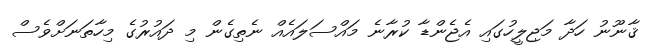
ޤާނޫނު ހަދާ މަޖިލީހުގައި އެޖެންޑާ ކުރާނެ މައްސަލައެއް ނެތިގެން މި ދައުރުގެ މިހާތަނަށްވެސް